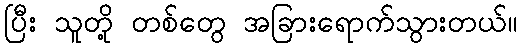
ပြီး သူတို့ တစ်တွေ အခြားရောက်သွားတယ်။